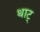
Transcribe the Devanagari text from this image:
थाट्